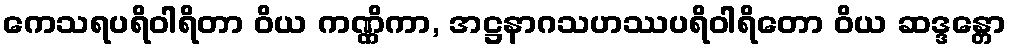
ကေသရပရိဝါရိတာ ဝိယ ကဏ္ဏိကာ, အဋ္ဌနာဂသဟဿပရိဝါရိတော ဝိယ ဆဒ္ဒန္တော